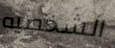
الشخصيه